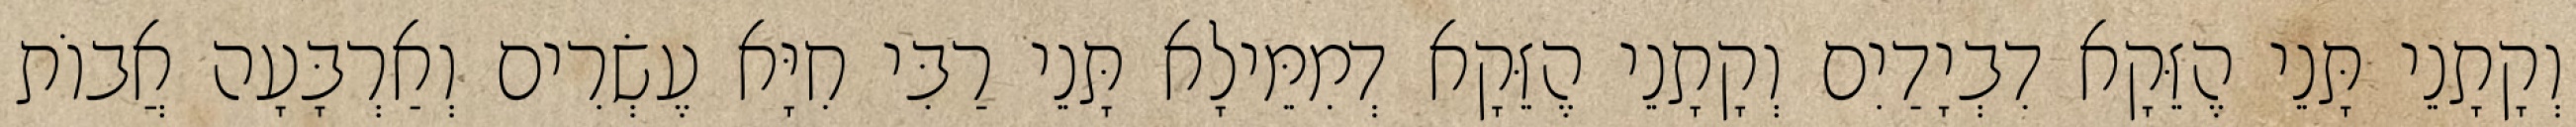
וְקָתָנֵי תָּנֵי הֶזֵּקָא דִבְיָדַיִם וְקָתָנֵי הֶזֵּקָא דְמִמֵּילָא תָּנֵי רַבִּי חִיָּא עֶשְׂרִים וְאַרְבָּעָה אֲבוֹת